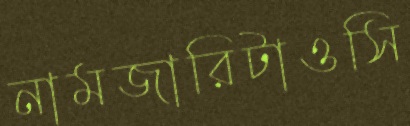
নামজারিটাওসি